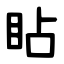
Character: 䀡